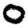
Digit: 0